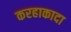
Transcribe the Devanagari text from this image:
करहाकादा